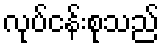
လုပ်ငန်းစုသည်